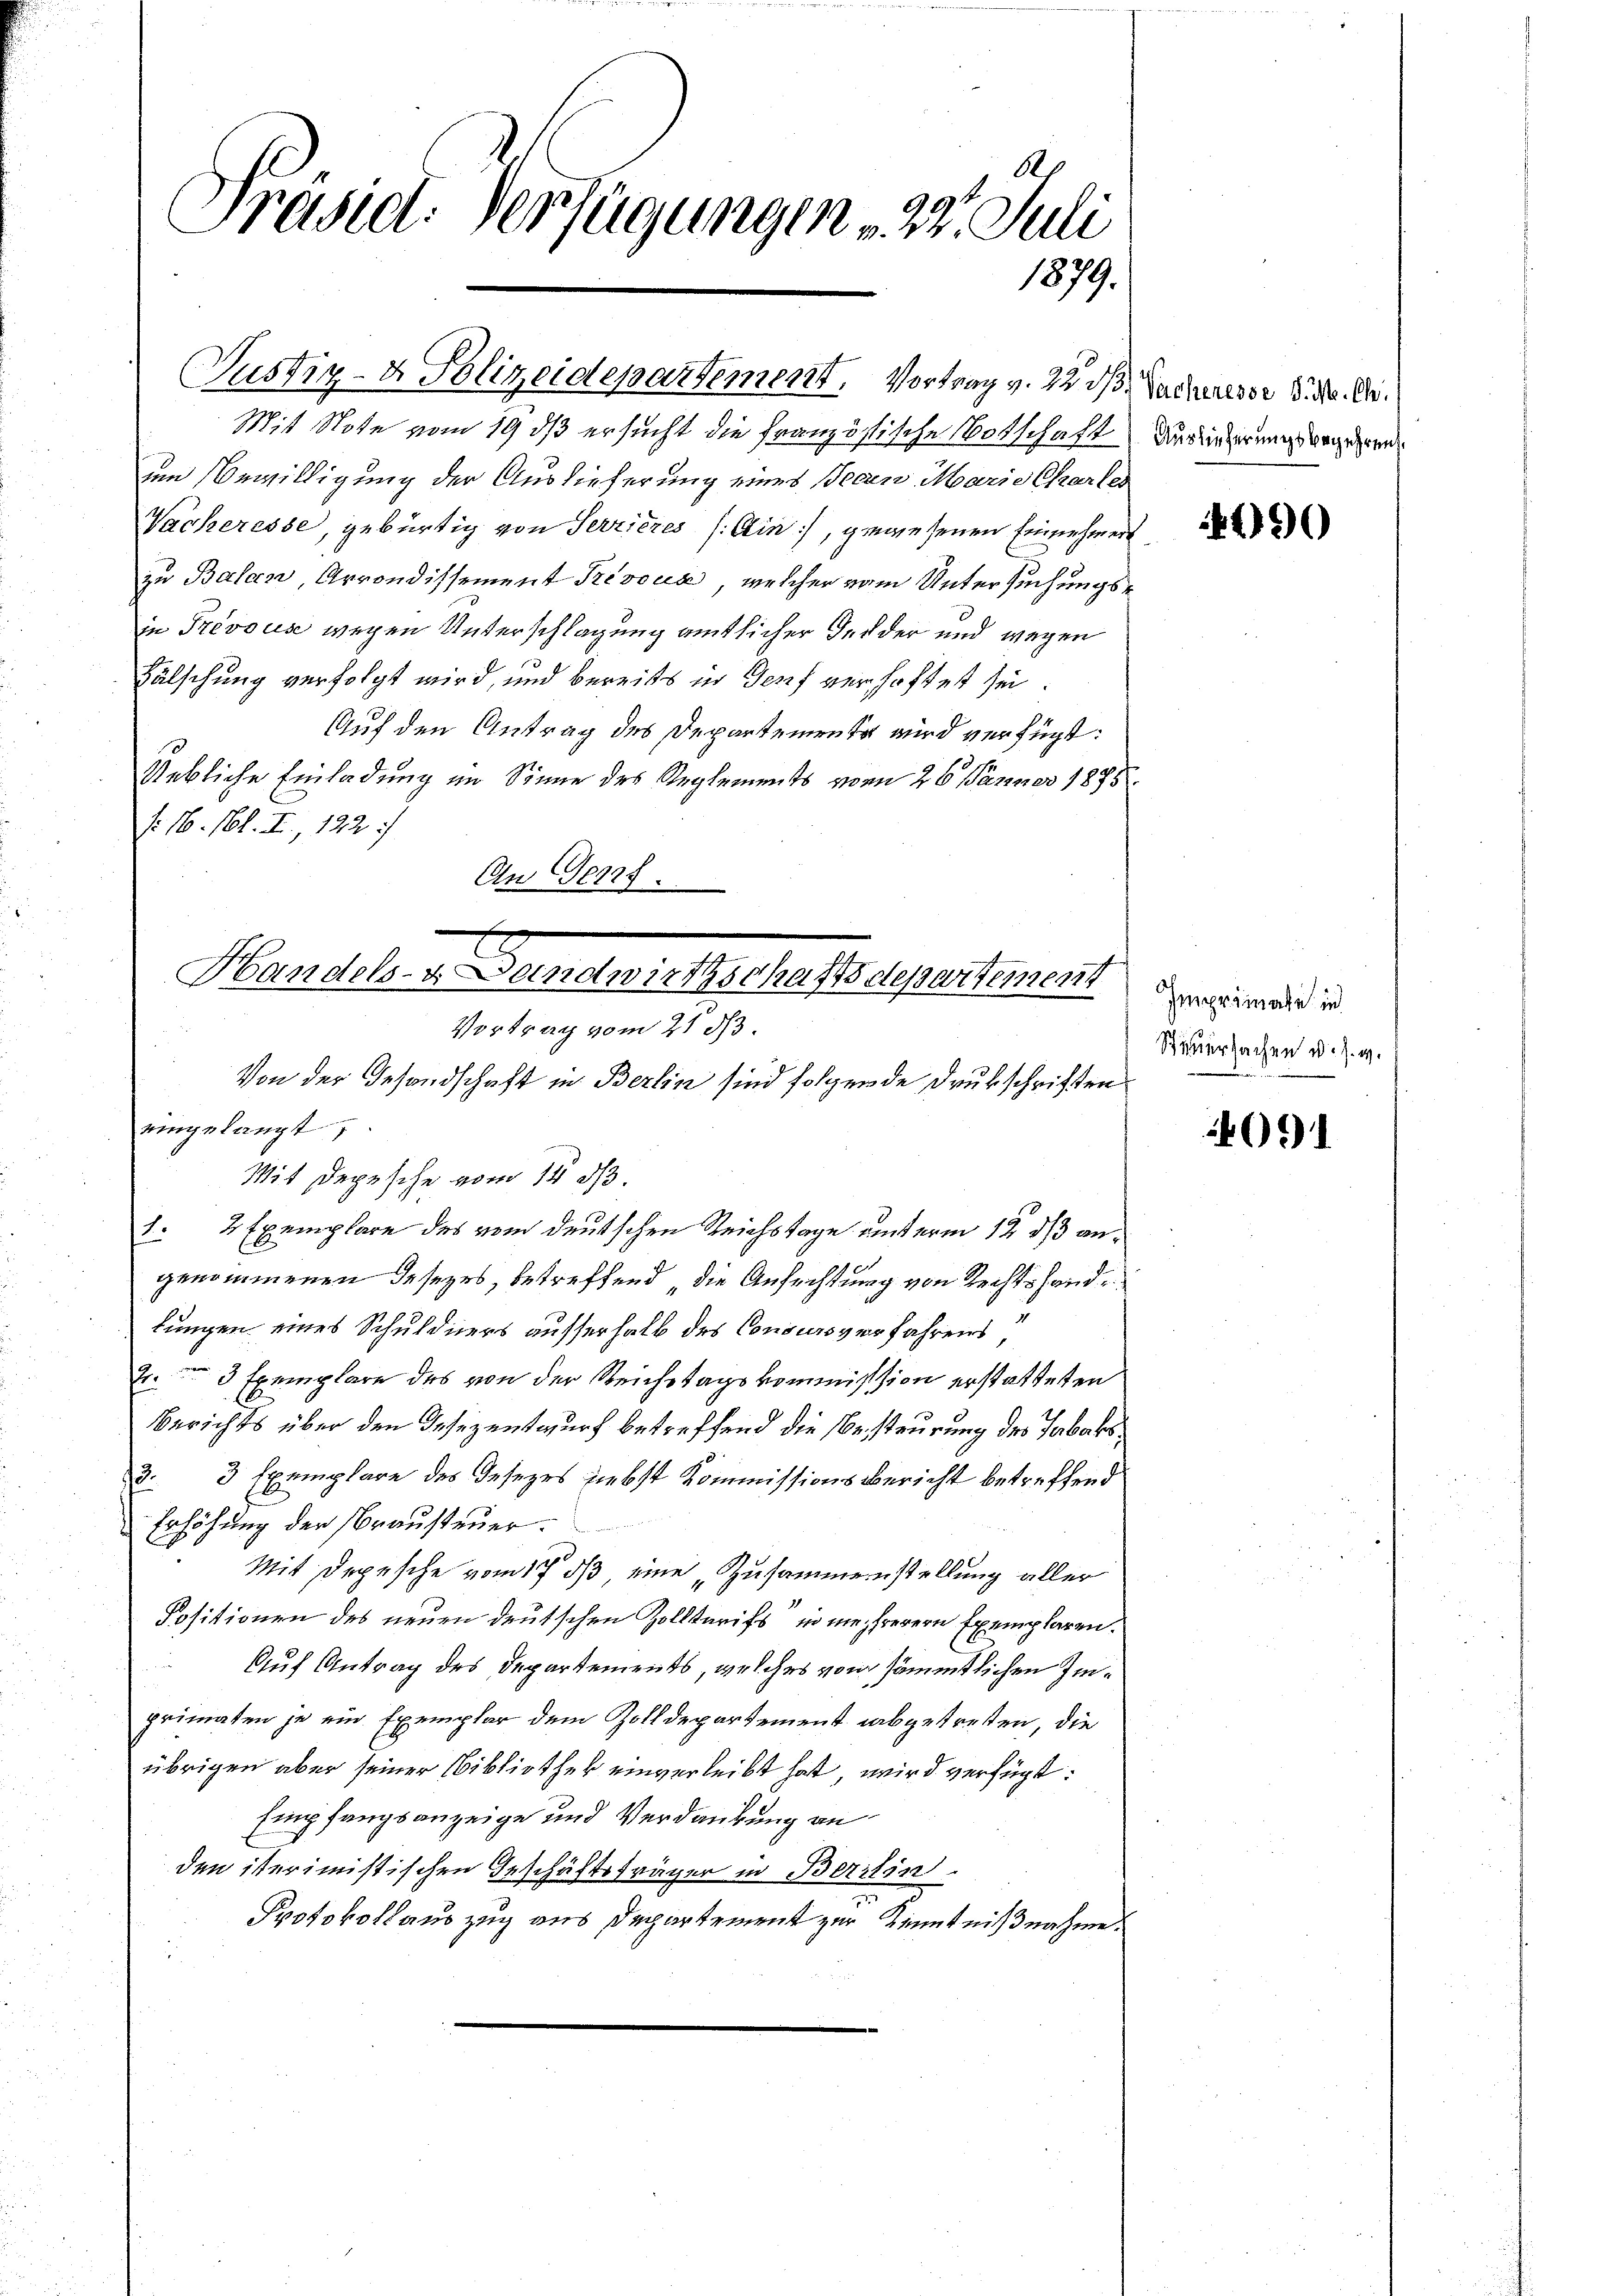
A
Prasiet. Verfügungen , 22. Juli
1879.

Mit Note vom 19 dß ersucht die französische Notschaft der inderung dergerren
um Bewilligung der Auslieferung eines Jean Marie Charles
Nacheresse, gebürtig von Serrieres /: Ain), gewesenen Einnehmens
zu Balan, Arrondissement Prevocis, welcher vom Untersuchungsin Prévous wegen Unterschlagung amtlicher der der und wegen
Fälschung verfolgt wird, und bereits in Genf verhaftet sei.
Auf den Antrag des Departemente wird verfügt:
Uebliche Einladung im Sinne des Reglements vom 26. Jänner 1895
f: 16. 161. II., 122 1/
An Genf.

Justiz- & Polizeidepartement, Vortrag v. 22. ds Sachervor d. M. D.

Handels. v. Handwirtschaftsdepentemen
Vortrag vom 21. ds.

Von der Gesandschaft in Berlin sind folgende Drukschriften
eingelangt,
Mit Depesche vom 14. d.
1. 2 Exemplare des vom deutschen Reichstage unterm 12. ds angenommenen Gesezes, betreffend die Anfechtung von Rechtshandlungen eines Schuldners ausserhalb des Concursverfahrens,
2.  3 Exemplare des von der Reichstagskommission erstatteten
Berichts über den Insezentwurf betreffend die Besteurung des Tabaksd. 3 Exemplare des Gesezes Liebst Kommissionsbericht betreffend
Erhöhung der Krausteuer.
Mit Depesche vom 17. ds eine Zusammenstellung aller
Positionen des neuen deutschen Zolltarifs“ in mehrerern Exemplaren.
Auf Antrag des Departements, welches von sämmtlichen Imprimaten je ein Exemplar dem Zolldepartement abgetreten, die
übrigen aber seiner Bibliothek einverleibt hat, wird verfügt:
Empfangsanzeige und Verdankung an
den iterimistischen Geschäftsträger in Beritin
Protokollauszug aus Departement zur Kenntnißnahme.

4490

Imprimate in
Spauersachen u. s. w.

091